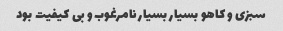
سبزی و کاهو بسیار بسیار نامرغوب و بی کیفیت بود